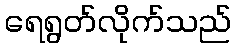
ရေရွတ်လိုက်သည်